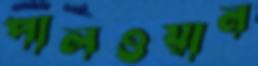
পালওয়ান